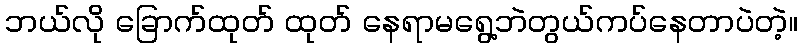
ဘယ်လို ခြောက်ထုတ် ထုတ် နေရာမရွေ့ဘဲတွယ်ကပ်နေတာပဲတဲ့။